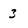
Character: 3